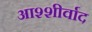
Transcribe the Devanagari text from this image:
आश्शीर्वाद